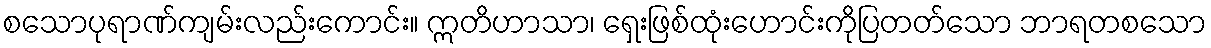
စသောပုရာဏ်ကျမ်းလည်းကောင်း။ ဣတိဟာသာ၊ ရှေးဖြစ်ထုံးဟောင်းကိုပြတတ်သော ဘာရတစသော